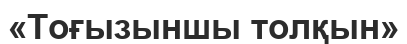
«Тоғызыншы толқын»